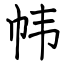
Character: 帏